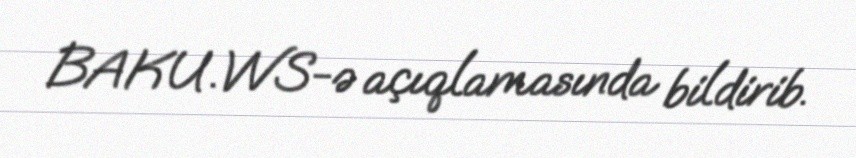
BAKU.WS-ə açıqlamasında bildirib.